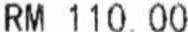
RM 110.00